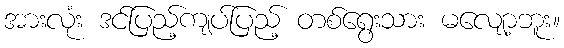
အားလုံး ဒင်ပြည့်ကျပ်ပြည့် တစ်ရွေးသား မလျော့ဘူး။